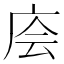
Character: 𰏶